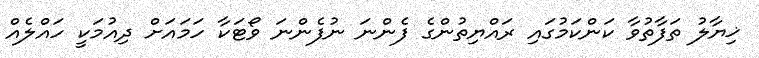
ޚިޔާލު ތަފާތުވާ ކަންކަމުގައި ރައްޔިތުންގެ ފެންނަ ނުފެންނަ ވޯޓަކާ ހަމައަށް ދިއުމަކީ ހައްލެއް